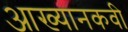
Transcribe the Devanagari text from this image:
आख्यानकवी